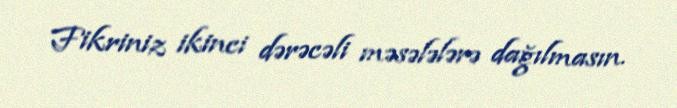
Fikriniz ikinci dərəcəli məsələlərə dağılmasın.